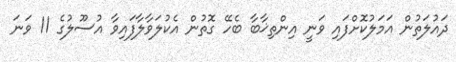
ދައުލަތުން އަމަލުކޮށްފައި ވަނީ އިންތިޚާބާ ބެހޭ ގޮތުން އެކުލަވާލާފައިވާ އުސޫލުގެ 11 ވަނަ